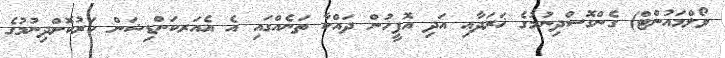
ވޯލްމައުންޓް) ގެންގޮސްދިނުމުގެ ޚަރަދާއި އަދި އޮފީހުން ދައްކާ ތަނެއްގައި އެ އެއަރކަންޑިޝަން ހަރުކޮށްދިނުމުގެ